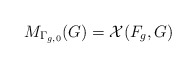
\begin{align*}M_{\Gamma_{g, 0}}(G) = \mathcal{X}(F_g, G)\\\end{align*}